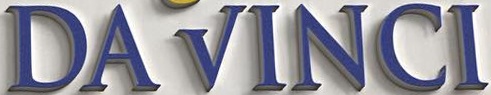
DAVINCI